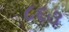
૮૬૩